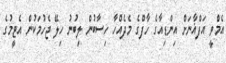
އެމްވީ އަފްޣާނަށް އިންޑިއާގެ ހާފްގެ މެދެއްހާ ހިސާބުން ލިބުނު ހިލޭ ޖެހުމަކުން އެޓީމުގެ